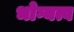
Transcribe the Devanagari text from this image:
भोग्यत्व